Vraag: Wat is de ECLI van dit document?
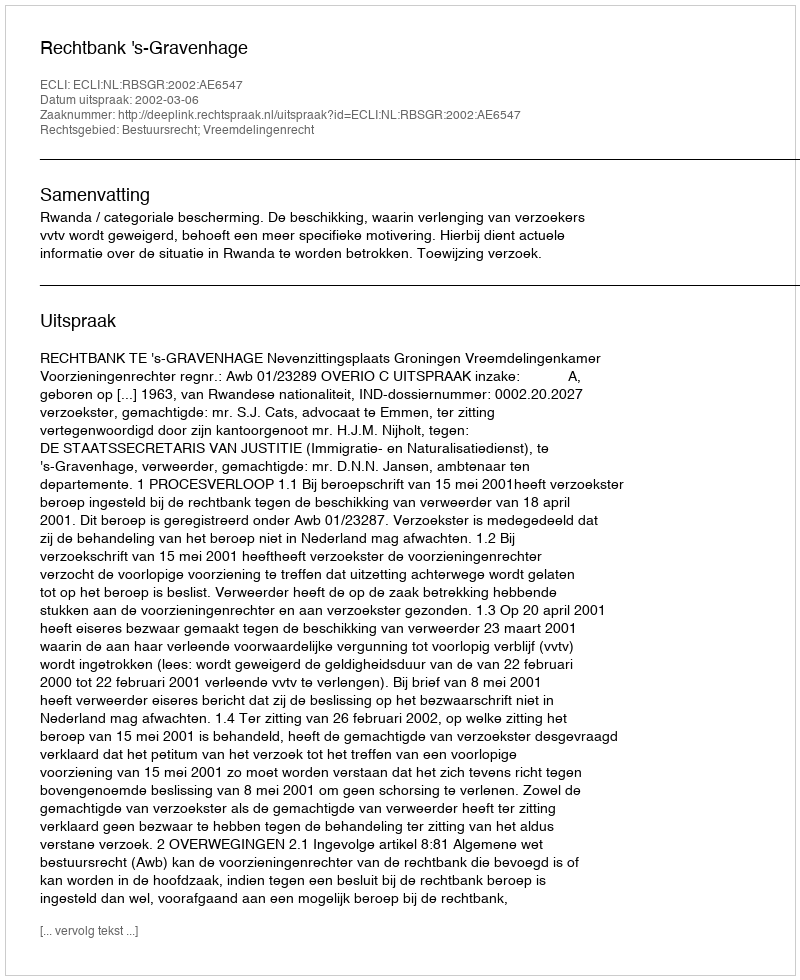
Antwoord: ECLI:NL:RBSGR:2002:AE6547